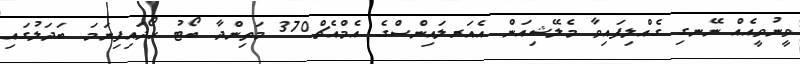
ވީނުވީއެއް ނޭނގި ގެއްލިފައިވާ މެލޭޝިއަން އެއަރލައިންސްގެ އެމްއެޗް370 މަތިންދާ ބޯޓު ހޯދައިފިނަމަ ބަދަލުގައި